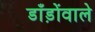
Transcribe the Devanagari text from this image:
डाँड़ोंवाले